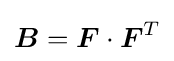
{\boldsymbol {B}}={\boldsymbol {F}}\cdot {\boldsymbol {F}}^{T}